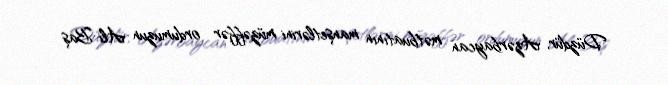
Düzdür, Azərbaycan mətbuatının manşetlərini müzəffər ordumuzun Ali Baş